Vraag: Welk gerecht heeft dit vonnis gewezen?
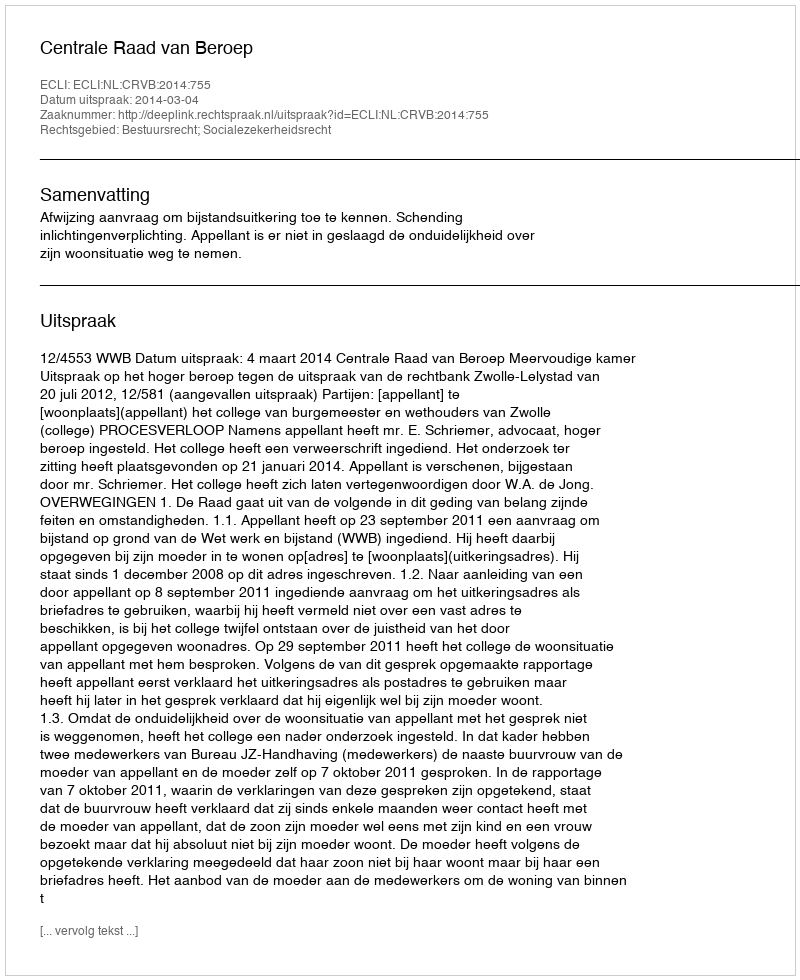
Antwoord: Centrale Raad van Beroep